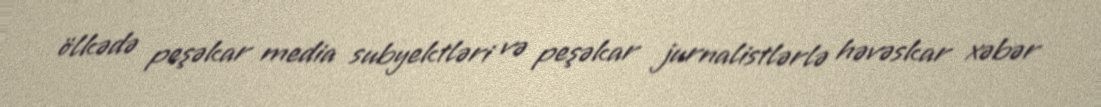
ölkədə peşəkar media subyektləri və peşəkar jurnalistlərlə həvəskar xəbər